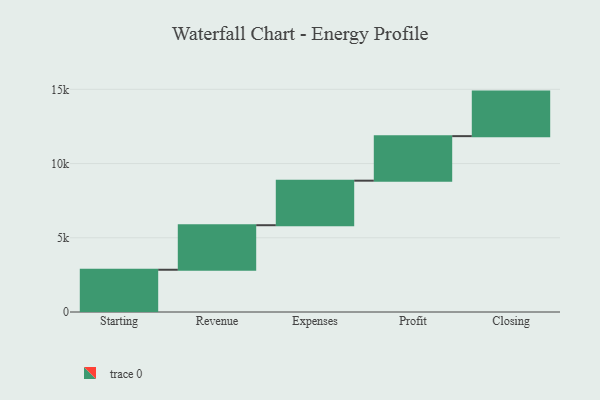
{"axis": {"x": "Step", "y": "Value"}, "legend": [""], "data": [{"x": "Starting", "y": 2846.0, "type": ""}, {"x": "Revenue", "y": 3000, "type": ""}, {"x": "Expenses", "y": 3000, "type": ""}, {"x": "Profit", "y": 3000, "type": ""}, {"x": "Closing", "y": 3000, "type": ""}]}